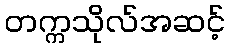
တက္ကသိုလ်အဆင့်